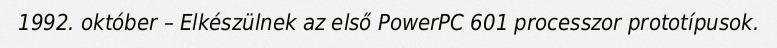
1992. október – Elkészülnek az első PowerPC 601 processzor prototípusok.